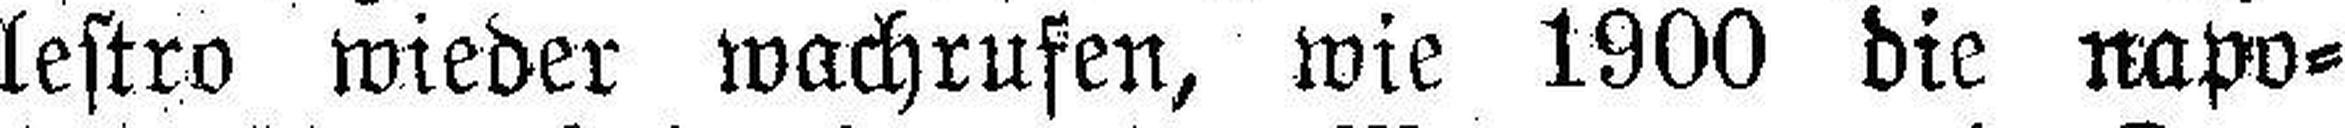
lestro wieder wachrufen, wie 1900 die napo¬